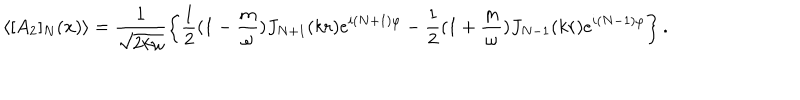
LaTeX: \langle [ A _ { 2 } ] _ { N } ( { \bf x } ) \rangle = \frac { 1 } { \sqrt { 2 k \omega } } \left\{ \frac { 1 } { 2 } ( 1 - \frac { m } { \omega } ) J _ { N + 1 } ( k r ) e ^ { i ( N + 1 ) \varphi } - \frac { 1 } { 2 } ( 1 + \frac { m } { \omega } ) J _ { N - 1 } ( k r ) e ^ { i ( N - 1 ) \varphi } \right\} .